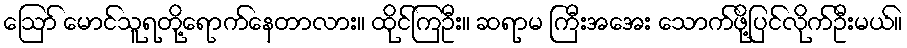
ဪ မောင်သူရတို့ရောက်နေတာလား။ ထိုင်ကြဦး။ ဆရာမ ကြီးအအေး သောက်ဖို့ပြင်လိုက်ဦးမယ်။